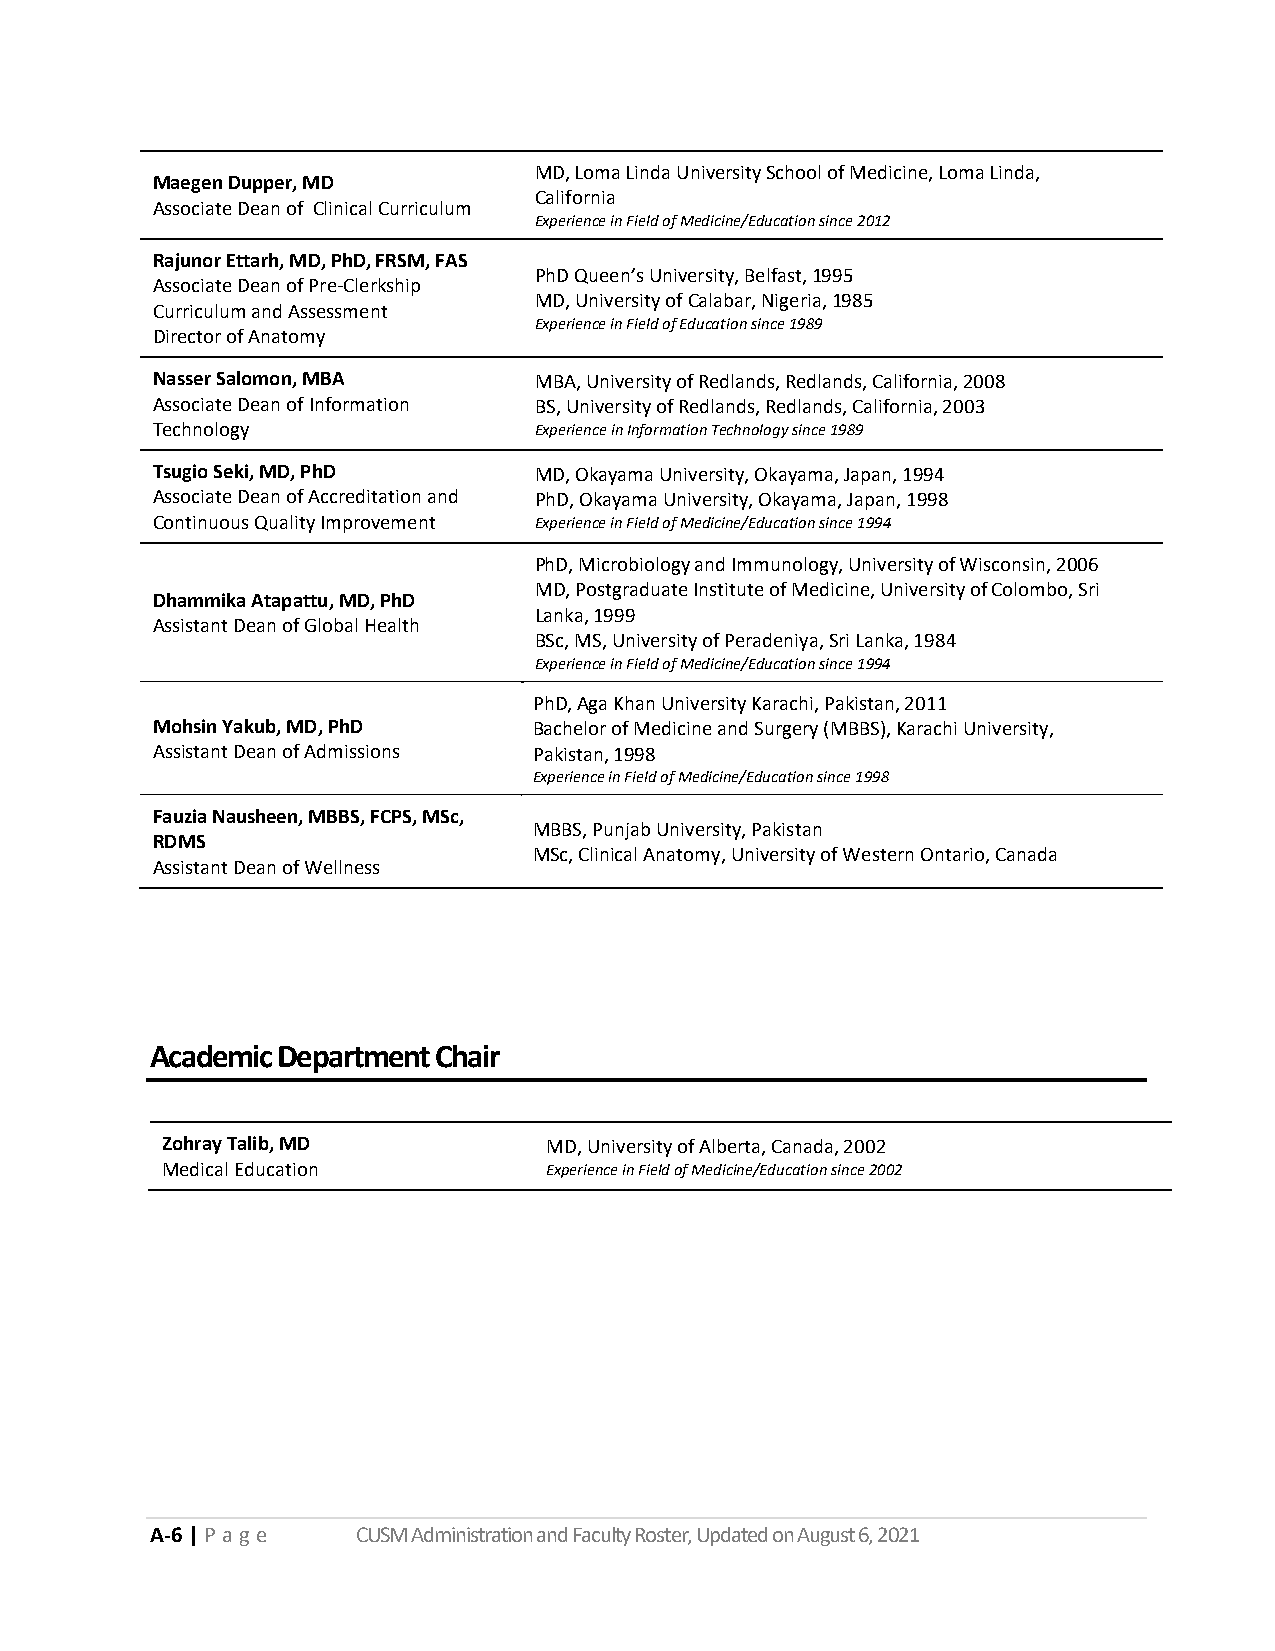
MD, Loma Linda University School of Medicine, Loma Linda,
 Maegen Dupper, MD
 California
 Associate Dean of Clinical Curriculum
 Experience in Field of Medicine/Education since 2012
 Rajunor Ettarh, MD, PhD, FRSM, FAS
 PhD Queen’s University, Belfast, 1995
 Associate Dean of Pre-Clerkship
 MD, University of Calabar, Nigeria, 1985
 Curriculum and Assessment
 Experience in Field of Education since 1989
 Director of Anatomy
 Nasser Salomon, MBA      MBA, University of Redlands, Redlands, California, 2008
 Associate Dean of Information BS, University of Redlands, Redlands, California, 2003
 Technology               Experience in Information Technology since 1989
 Tsugio Seki, MD, PhD     MD, Okayama University, Okayama, Japan, 1994
 Associate Dean of Accreditation and PhD, Okayama University, Okayama, Japan, 1998
 Continuous Quality Improvement Experience in Field of Medicine/Education since 1994
 PhD, Microbiology and Immunology, University of Wisconsin, 2006
 MD, Postgraduate Institute of Medicine, University of Colombo, Sri
 Dhammika Atapattu, MD, PhD
 Lanka, 1999
 Assistant Dean of Global Health
 BSc, MS, University of Peradeniya, Sri Lanka, 1984
 Experience in Field of Medicine/Education since 1994
 PhD, Aga Khan University Karachi, Pakistan, 2011
 Mohsin Yakub, MD, PhD    Bachelor of Medicine and Surgery (MBBS), Karachi University,
 Assistant Dean of Admissions Pakistan, 1998
 Experience in Field of Medicine/Education since 1998
 Fauzia Nausheen, MBBS, FCPS, MSc,
 MBBS, Punjab University, Pakistan
 RDMS
 MSc, Clinical Anatomy, University of Western Ontario, Canada
 Assistant Dean of Wellness
 Academic Department Chair
 Zohray Talib, MD         MD, University of Alberta, Canada, 2002
 Medical Education        Experience in Field of Medicine/Education since 2002
 A-6 | P a ge  CUSM Administration and Faculty Roster, Updated on August 6, 2021